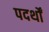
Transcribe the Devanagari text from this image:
पदर्थों